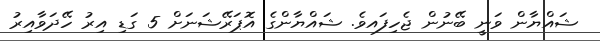
ޝައްޔާން ވަނީ ބޭނުން ޖެހިފައވެެ. ޝައްޔާންގެ އޮޕަރޭޝަނަށް 5 ގަޑި އިރު ހޭދަވާއިރު